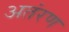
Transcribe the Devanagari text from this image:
अतंरण